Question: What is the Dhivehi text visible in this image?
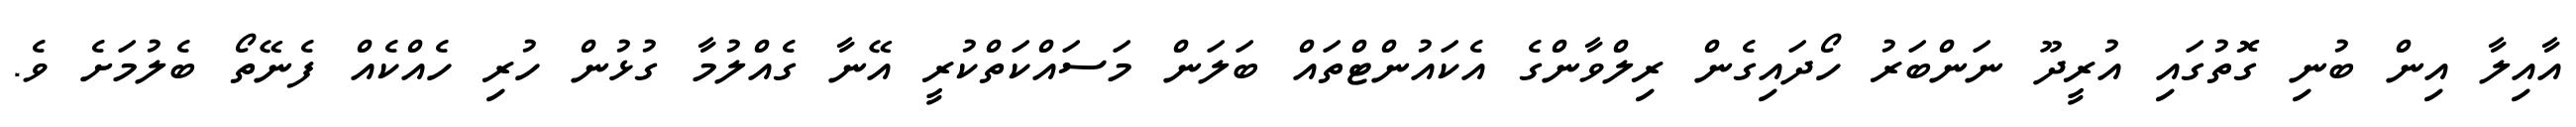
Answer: އާއިލާ އިން ބުނި ގޮތުގައި އުރީދޫ ނަންބަރު ހޯދައިގެން ރިލްވާންގެ އެކައުންޓްތައް ބަލަން މަސައްކަތްކުރީ އޭނާ ގެއްލުމާ ގުޅުން ހުރި ހެއްކެއް ފެނޭތޯ ބެލުމަށެ ވެ.